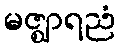
မဇ္ဈာရညံ